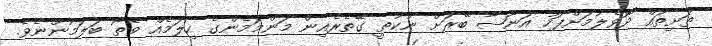
ތަށިތައް ދޮވެލުމަށްފަހު އަނޫޝާ ބޭރަށް ނުކުތީ ގޭތެރެއިން މަންމަމެންގެ ހިލަމެއް ވޭތޯ ބަލަމުންނެވެ.